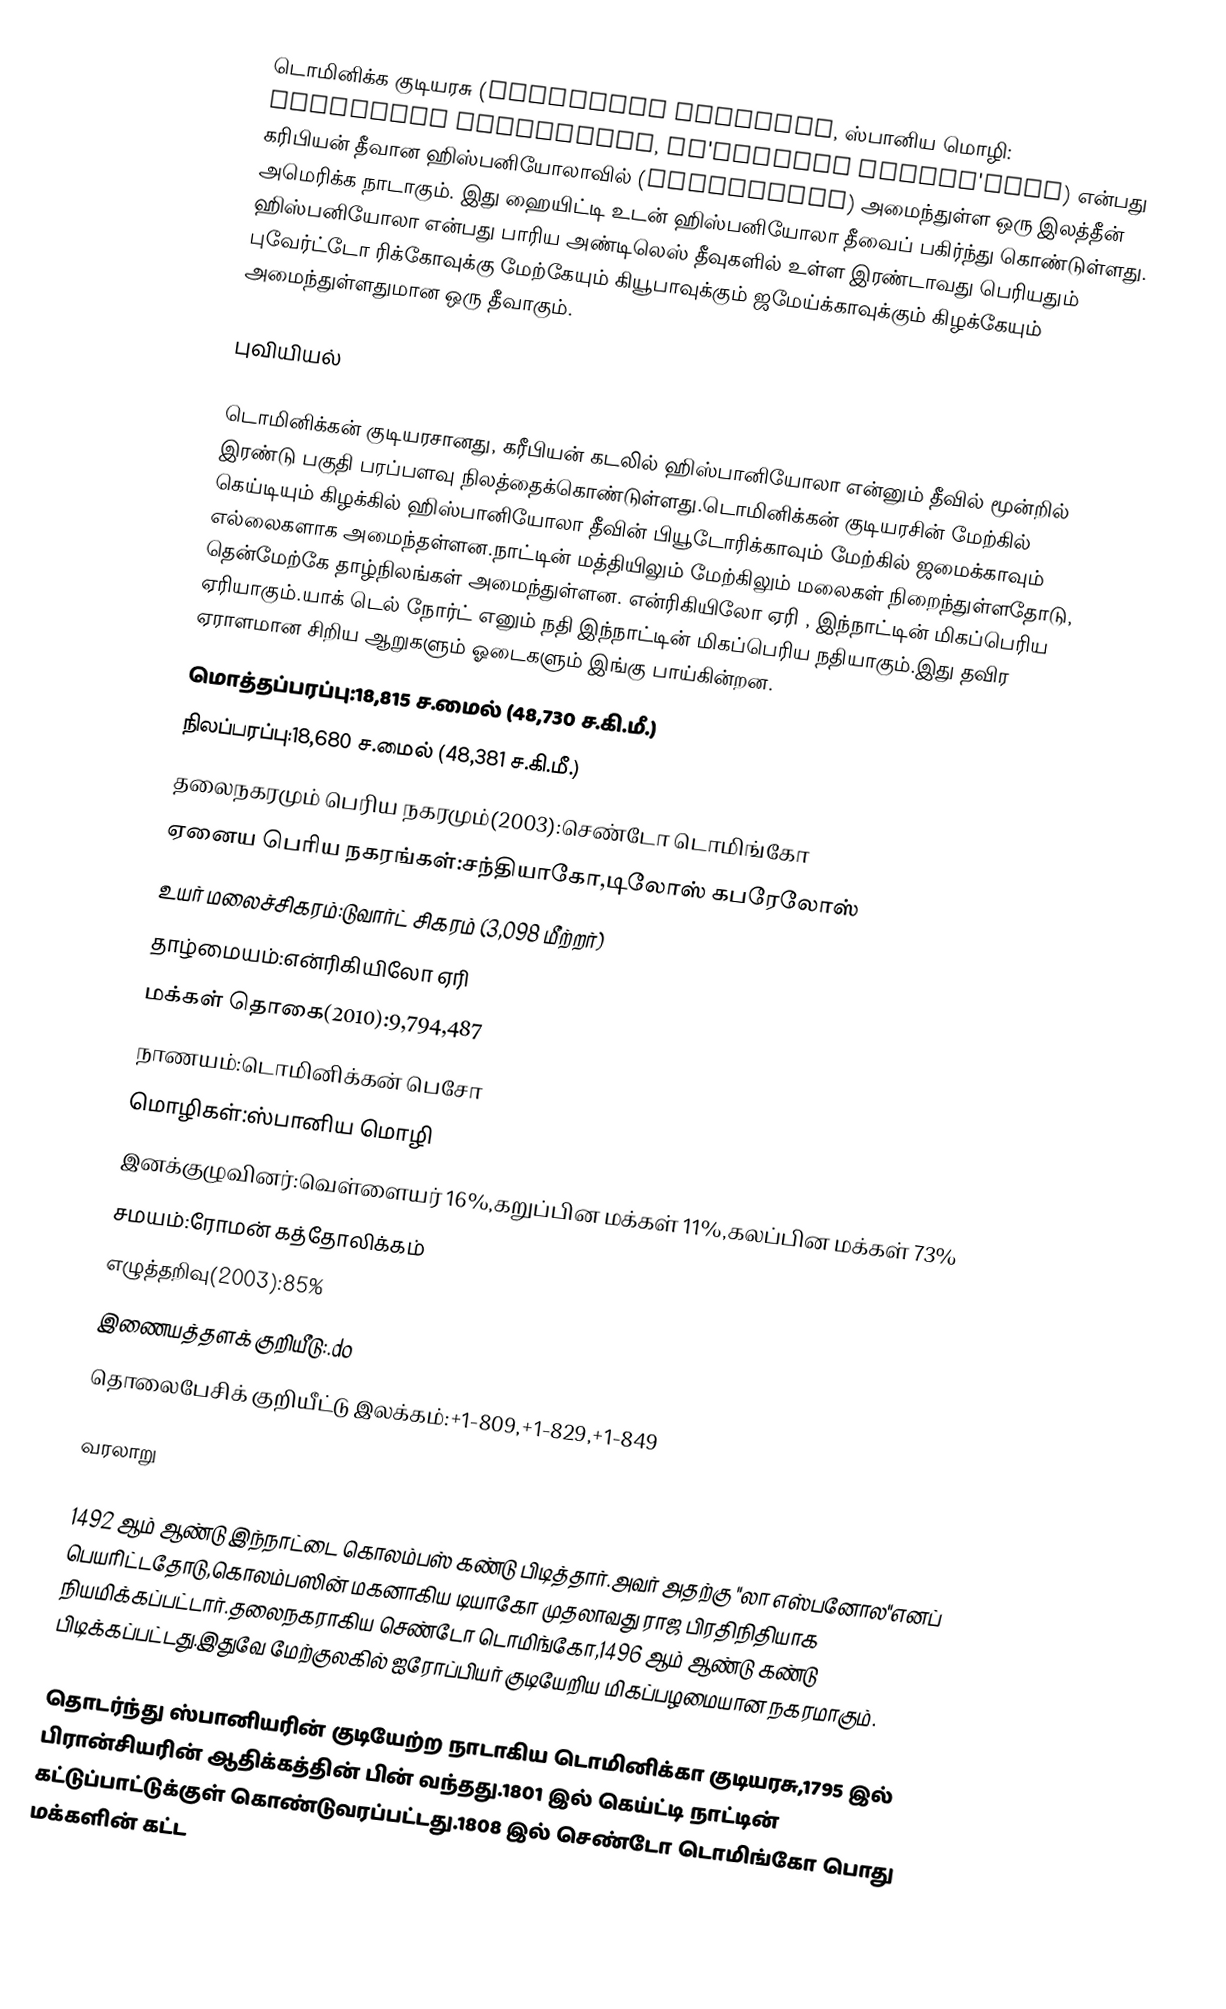
டொமினிக்க குடியரசு (Dominican Republic, ஸ்பானிய மொழி: República Dominicana, re'puβlika domini'kana) என்பது கரிபியன் தீவான ஹிஸ்பனியோலாவில் (Hispaniola) அமைந்துள்ள ஒரு இலத்தீன் அமெரிக்க நாடாகும். இது ஹையிட்டி உடன் ஹிஸ்பனியோலா தீவைப் பகிர்ந்து கொண்டுள்ளது. ஹிஸ்பனியோலா என்பது பாரிய அண்டிலெஸ் தீவுகளில் உள்ள இரண்டாவது பெரியதும் புவேர்ட்டோ ரிக்கோவுக்கு மேற்கேயும் கியூபாவுக்கும் ஜமேய்க்காவுக்கும் கிழக்கேயும் அமைந்துள்ளதுமான ஒரு தீவாகும்.

புவியியல்

டொமினிக்கன் குடியரசானது, கரீபியன் கடலில் ஹிஸ்பானியோலா என்னும் தீவில் மூன்றில் இரண்டு பகுதி பரப்பளவு நிலத்தைக்கொண்டுள்ளது.டொமினிக்கன் குடியரசின் மேற்கில் கெய்டியும் கிழக்கில் ஹிஸ்பானியோலா தீவின் பியூடோரிக்காவும் மேற்கில் ஜமைக்காவும் எல்லைகளாக அமைந்தள்ளன.நாட்டின் மத்தியிலும் மேற்கிலும் மலைகள் நிறைந்துள்ளதோடு, தென்மேற்கே தாழ்நிலங்கள்  அமைந்துள்ளன. என்ரிகியிலோ ஏரி , இந்நாட்டின் மிகப்பெரிய ஏரியாகும்.யாக் டெல் நோர்ட் எனும் நதி இந்நாட்டின் மிகப்பெரிய நதியாகும்.இது தவிர ஏராளமான சிறிய ஆறுகளும் ஓடைகளும் இங்கு பாய்கின்றன.
மொத்தப்பரப்பு:18,815 ச.மைல் (48,730 ச.கி.மீ.)
நிலப்பரப்பு:18,680  ச.மைல் (48,381 ச.கி.மீ.)
தலைநகரமும் பெரிய நகரமும்(2003):செண்டோ டொமிங்கோ
ஏனைய பெரிய நகரங்கள்:சந்தியாகோ,டிலோஸ் கபரேலோஸ்
உயர் மலைச்சிகரம்:டுவார்ட் சிகரம் (3,098 மீற்றர்)
தாழ்மையம்:என்ரிகியிலோ ஏரி
மக்கள் தொகை(2010):9,794,487
நாணயம்:டொமினிக்கன் பெசோ
மொழிகள்:ஸ்பானிய மொழி
இனக்குழுவினர்:வெள்ளையர் 16%,கறுப்பின மக்கள் 11%,கலப்பின மக்கள் 73%
சமயம்:ரோமன் கத்தோலிக்கம்
எழுத்தறிவு(2003):85%
இணையத்தளக் குறியீடு:.do
தொலைபேசிக் குறியீட்டு இலக்கம்:+1-809,+1-829,+1-849

வரலாறு

1492 ஆம் ஆண்டு இந்நாட்டை கொலம்பஸ் கண்டு பிடித்தார்.அவர் அதற்கு "லா எஸ்பனோல"எனப் பெயரிட்டதோடு,கொலம்பஸின் மகனாகிய டியாகோ முதலாவது ராஜ பிரதிநிதியாக நியமிக்கப்பட்டார்.தலைநகராகிய செண்டோ டொமிங்கோ,1496 ஆம் ஆண்டு கண்டு பிடிக்கப்பட்டது.இதுவே மேற்குலகில் ஐரோப்பியர் குடியேறிய மிகப்பழமையான நகரமாகும்.

தொடர்ந்து ஸ்பானியரின் குடியேற்ற நாடாகிய டொமினிக்கா குடியரசு,1795 இல் பிரான்சியரின் ஆதிக்கத்தின் பின் வந்தது.1801 இல் கெய்ட்டி நாட்டின் கட்டுப்பாட்டுக்குள் கொண்டுவரப்பட்டது.1808 இல் செண்டோ டொமிங்கோ பொது மக்களின் கட்ட